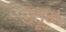
ઝૂમ